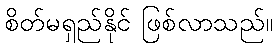
စိတ်မရှည်နိုင် ဖြစ်လာသည်။